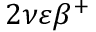
2 \nu \varepsilon \beta ^ { + }